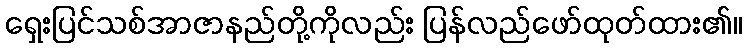
ရှေးပြင်သစ်အာဇာနည်တို့ကိုလည်း ပြန်လည်ဖော်ထုတ်ထား၏။